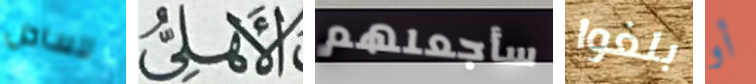
للساحل الأهلى سأجعلهم بلغوا أو